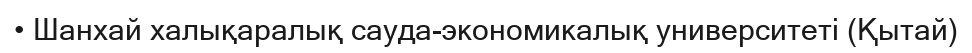
• Шанхай халықаралық сауда-экономикалық университеті (Қытай)